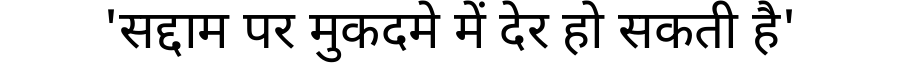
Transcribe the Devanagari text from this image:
'सद्दाम पर मुकदमे में देर हो सकती है'